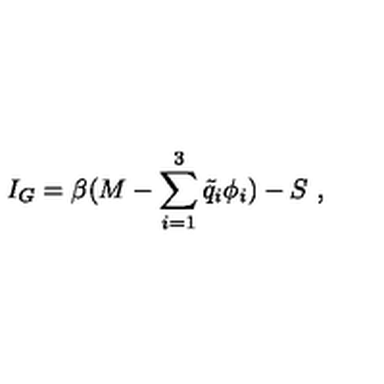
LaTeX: I _ { G } = \beta ( M - \sum _ { i = 1 } ^ { 3 } { \tilde { q } } _ { i } \phi _ { i } ) - S \ ,